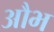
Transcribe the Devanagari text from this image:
औभ